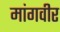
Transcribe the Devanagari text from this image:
मांगवीर